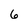
Character: 6